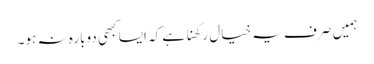
ہمیں صرف یہ خیال رکھنا ہے کہ ایسا کبھی دوبارہ نہ ہو۔